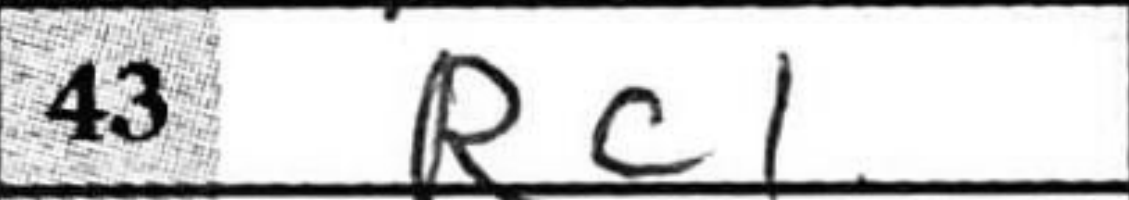
Transcription: Rc1